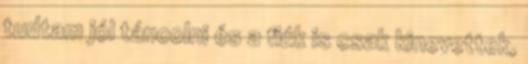
tudtam jól táncolni és a fiúk is csak kinevettek,